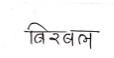
मजकूर: बिरबल